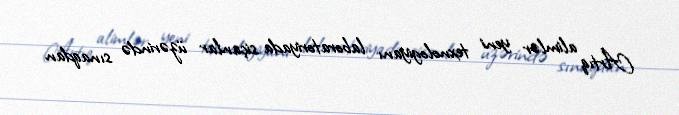
Artıq alimlər yeni texnologiyanı laboratoriyada siçanlar üzərində sınaqdan